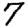
Digit: 7